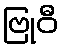
ဗြုဝီ